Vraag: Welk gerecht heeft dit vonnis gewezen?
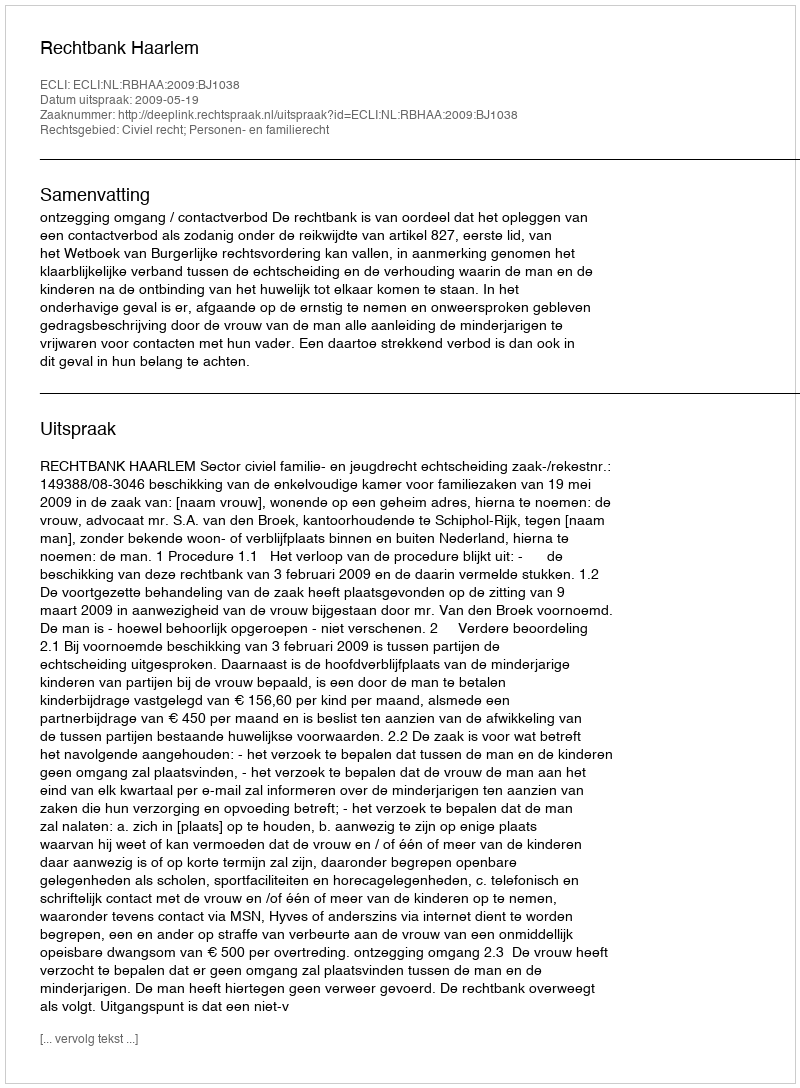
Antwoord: Rechtbank Haarlem